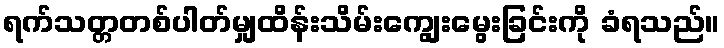
ရက်သတ္တတစ်ပါတ်မျှထိန်းသိမ်းကျွေးမွေးခြင်းကို ခံရသည်။